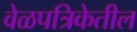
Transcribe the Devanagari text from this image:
वेळपत्रिकेतील